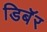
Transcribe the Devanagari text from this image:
डिबॅर